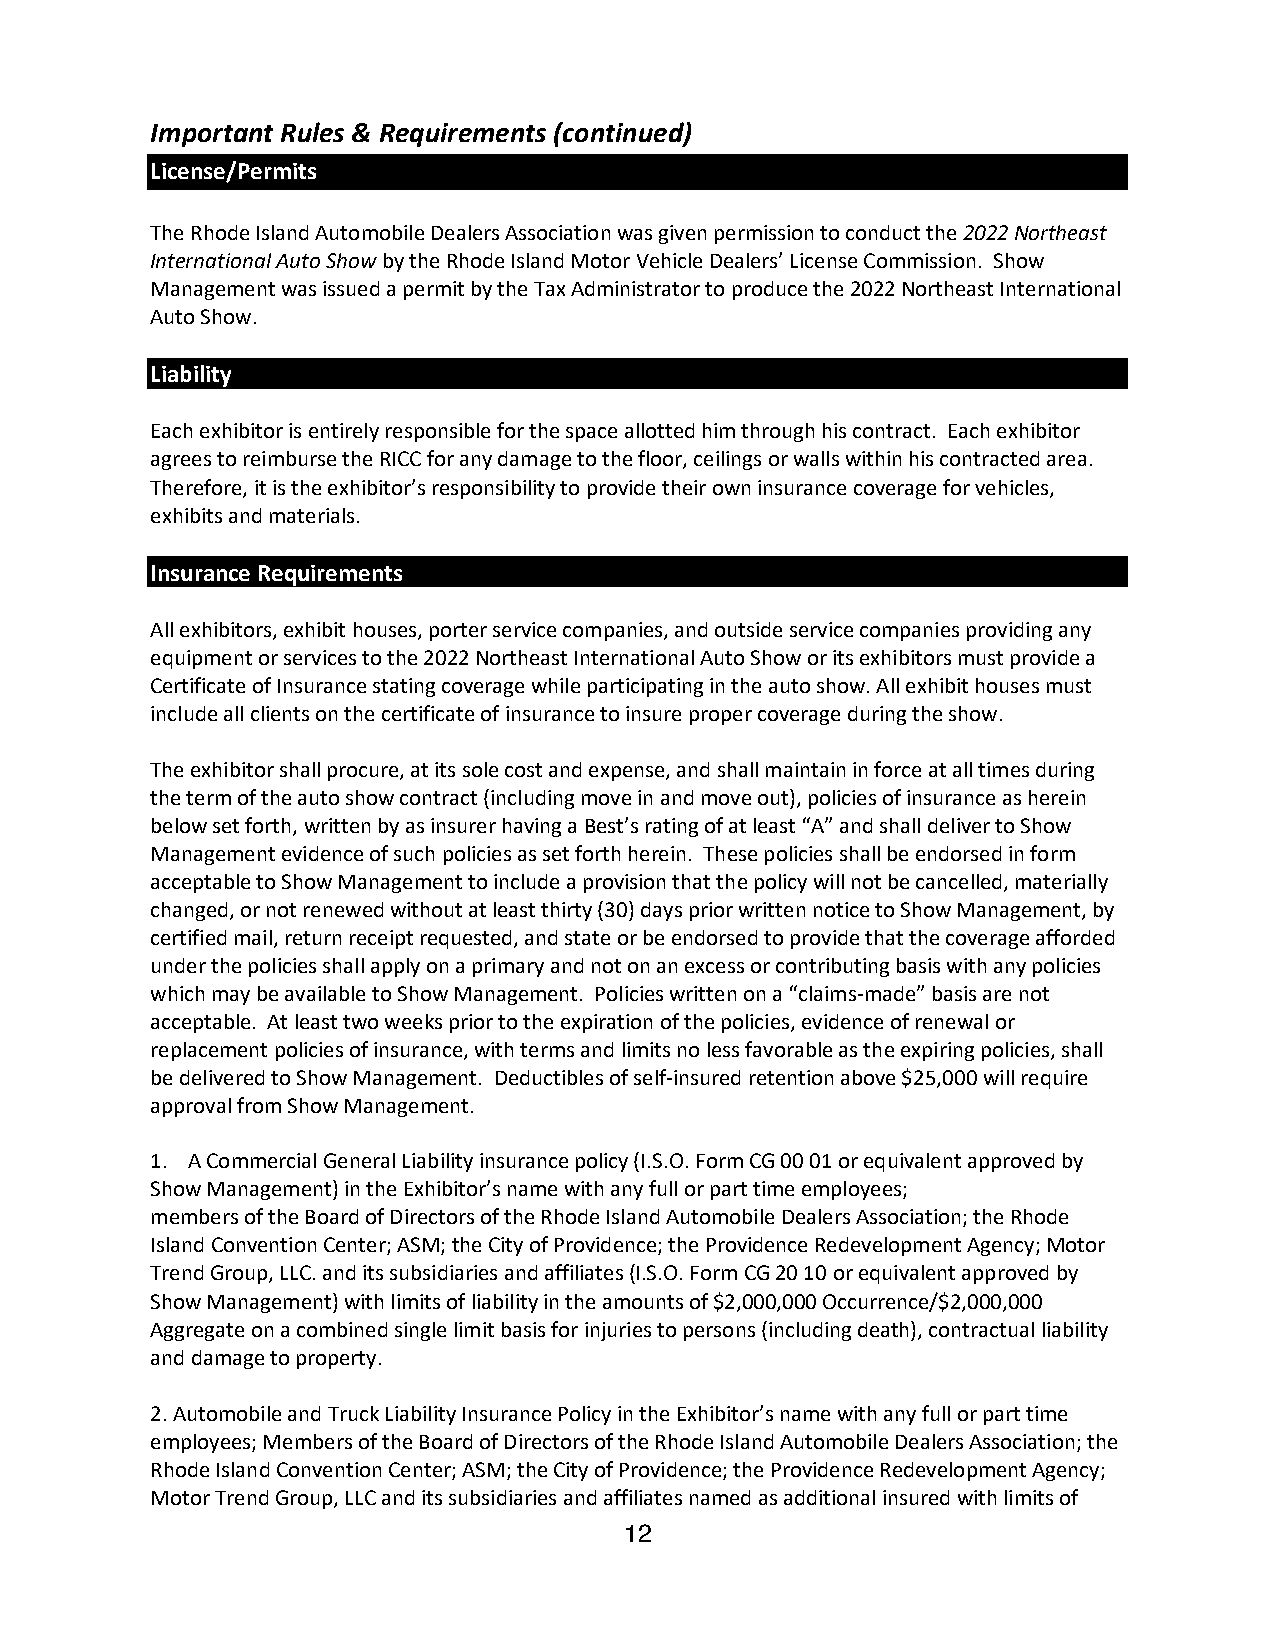
Important Rules & Requirements (continued)
 License/Permits
 The Rhode Island Automobile Dealers Association was given permission to conduct the 2022 Northeast
 International Auto Show by the Rhode Island Motor Vehicle Dealers’ License Commission. Show
 Management was issued a permit by the Tax Administrator to produce the 2022 Northeast International
 Auto Show.
 Liability
 Each exhibitor is entirely responsible for the space allotted him through his contract. Each exhibitor
 agrees to reimburse the RICC for any damage to the floor, ceilings or walls within his contracted area.
 Therefore, it is the exhibitor’s responsibility to provide their own insurance coverage for vehicles,
 exhibits and materials.
 Insurance Requirements
 All exhibitors, exhibit houses, porter service companies, and outside service companies providing any
 equipment or services to the 2022 Northeast International Auto Show or its exhibitors must provide a
 Certificate of Insurance stating coverage while participating in the auto show. All exhibit houses must
 include all clients on the certificate of insurance to insure proper coverage during the show.
 The exhibitor shall procure, at its sole cost and expense, and shall maintain in force at all times during
 the term of the auto show contract (including move in and move out), policies of insurance as herein
 below set forth, written by as insurer having a Best’s rating of at least “A” and shall deliver to Show
 Management evidence of such policies as set forth herein. These policies shall be endorsed in form
 acceptable to Show Management to include a provision that the policy will not be cancelled, materially
 changed, or not renewed without at least thirty (30) days prior written notice to Show Management, by
 certified mail, return receipt requested, and state or be endorsed to provide that the coverage afforded
 under the policies shall apply on a primary and not on an excess or contributing basis with any policies
 which may be available to Show Management. Policies written on a “claims-made” basis are not
 acceptable. At least two weeks prior to the expiration of the policies, evidence of renewal or
 replacement policies of insurance, with terms and limits no less favorable as the expiring policies, shall
 be delivered to Show Management. Deductibles of self-insured retention above $25,000 will require
 approval from Show Management.
 1. A Commercial General Liability insurance policy (I.S.O. Form CG 00 01 or equivalent approved by
 Show Management) in the Exhibitor’s name with any full or part time employees;
 members of the Board of Directors of the Rhode Island Automobile Dealers Association; the Rhode
 Island Convention Center; ASM; the City of Providence; the Providence Redevelopment Agency; Motor
 Trend Group, LLC. and its subsidiaries and affiliates (I.S.O. Form CG 20 10 or equivalent approved by
 Show Management) with limits of liability in the amounts of $2,000,000 Occurrence/$2,000,000
 Aggregate on a combined single limit basis for injuries to persons (including death), contractual liability
 and damage to property.
 2. Automobile and Truck Liability Insurance Policy in the Exhibitor’s name with any full or part time
 employees; Members of the Board of Directors of the Rhode Island Automobile Dealers Association; the
 Rhode Island Convention Center; ASM; the City of Providence; the Providence Redevelopment Agency;
 Motor Trend Group, LLC and its subsidiaries and affiliates named as additional insured with limits of
 12